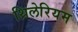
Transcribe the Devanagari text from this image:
थ्रिलेरियम